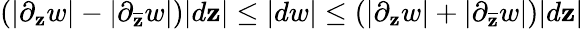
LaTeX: \left(|\partial_{\mathbf{z}}w|-|\partial_{\overline{{{\mathbf{z}}}}}w|\right)|d\mathbf{z}|\leq|dw|\leq\left(|\partial_{\mathbf{z}}w|+|\partial_{\overline{{{\mathbf{z}}}}}w|\right)|d\mathbf{z}|